65_HS1-834228961_62-HQ-83894_Section_4
Agency: FBI
Page 102
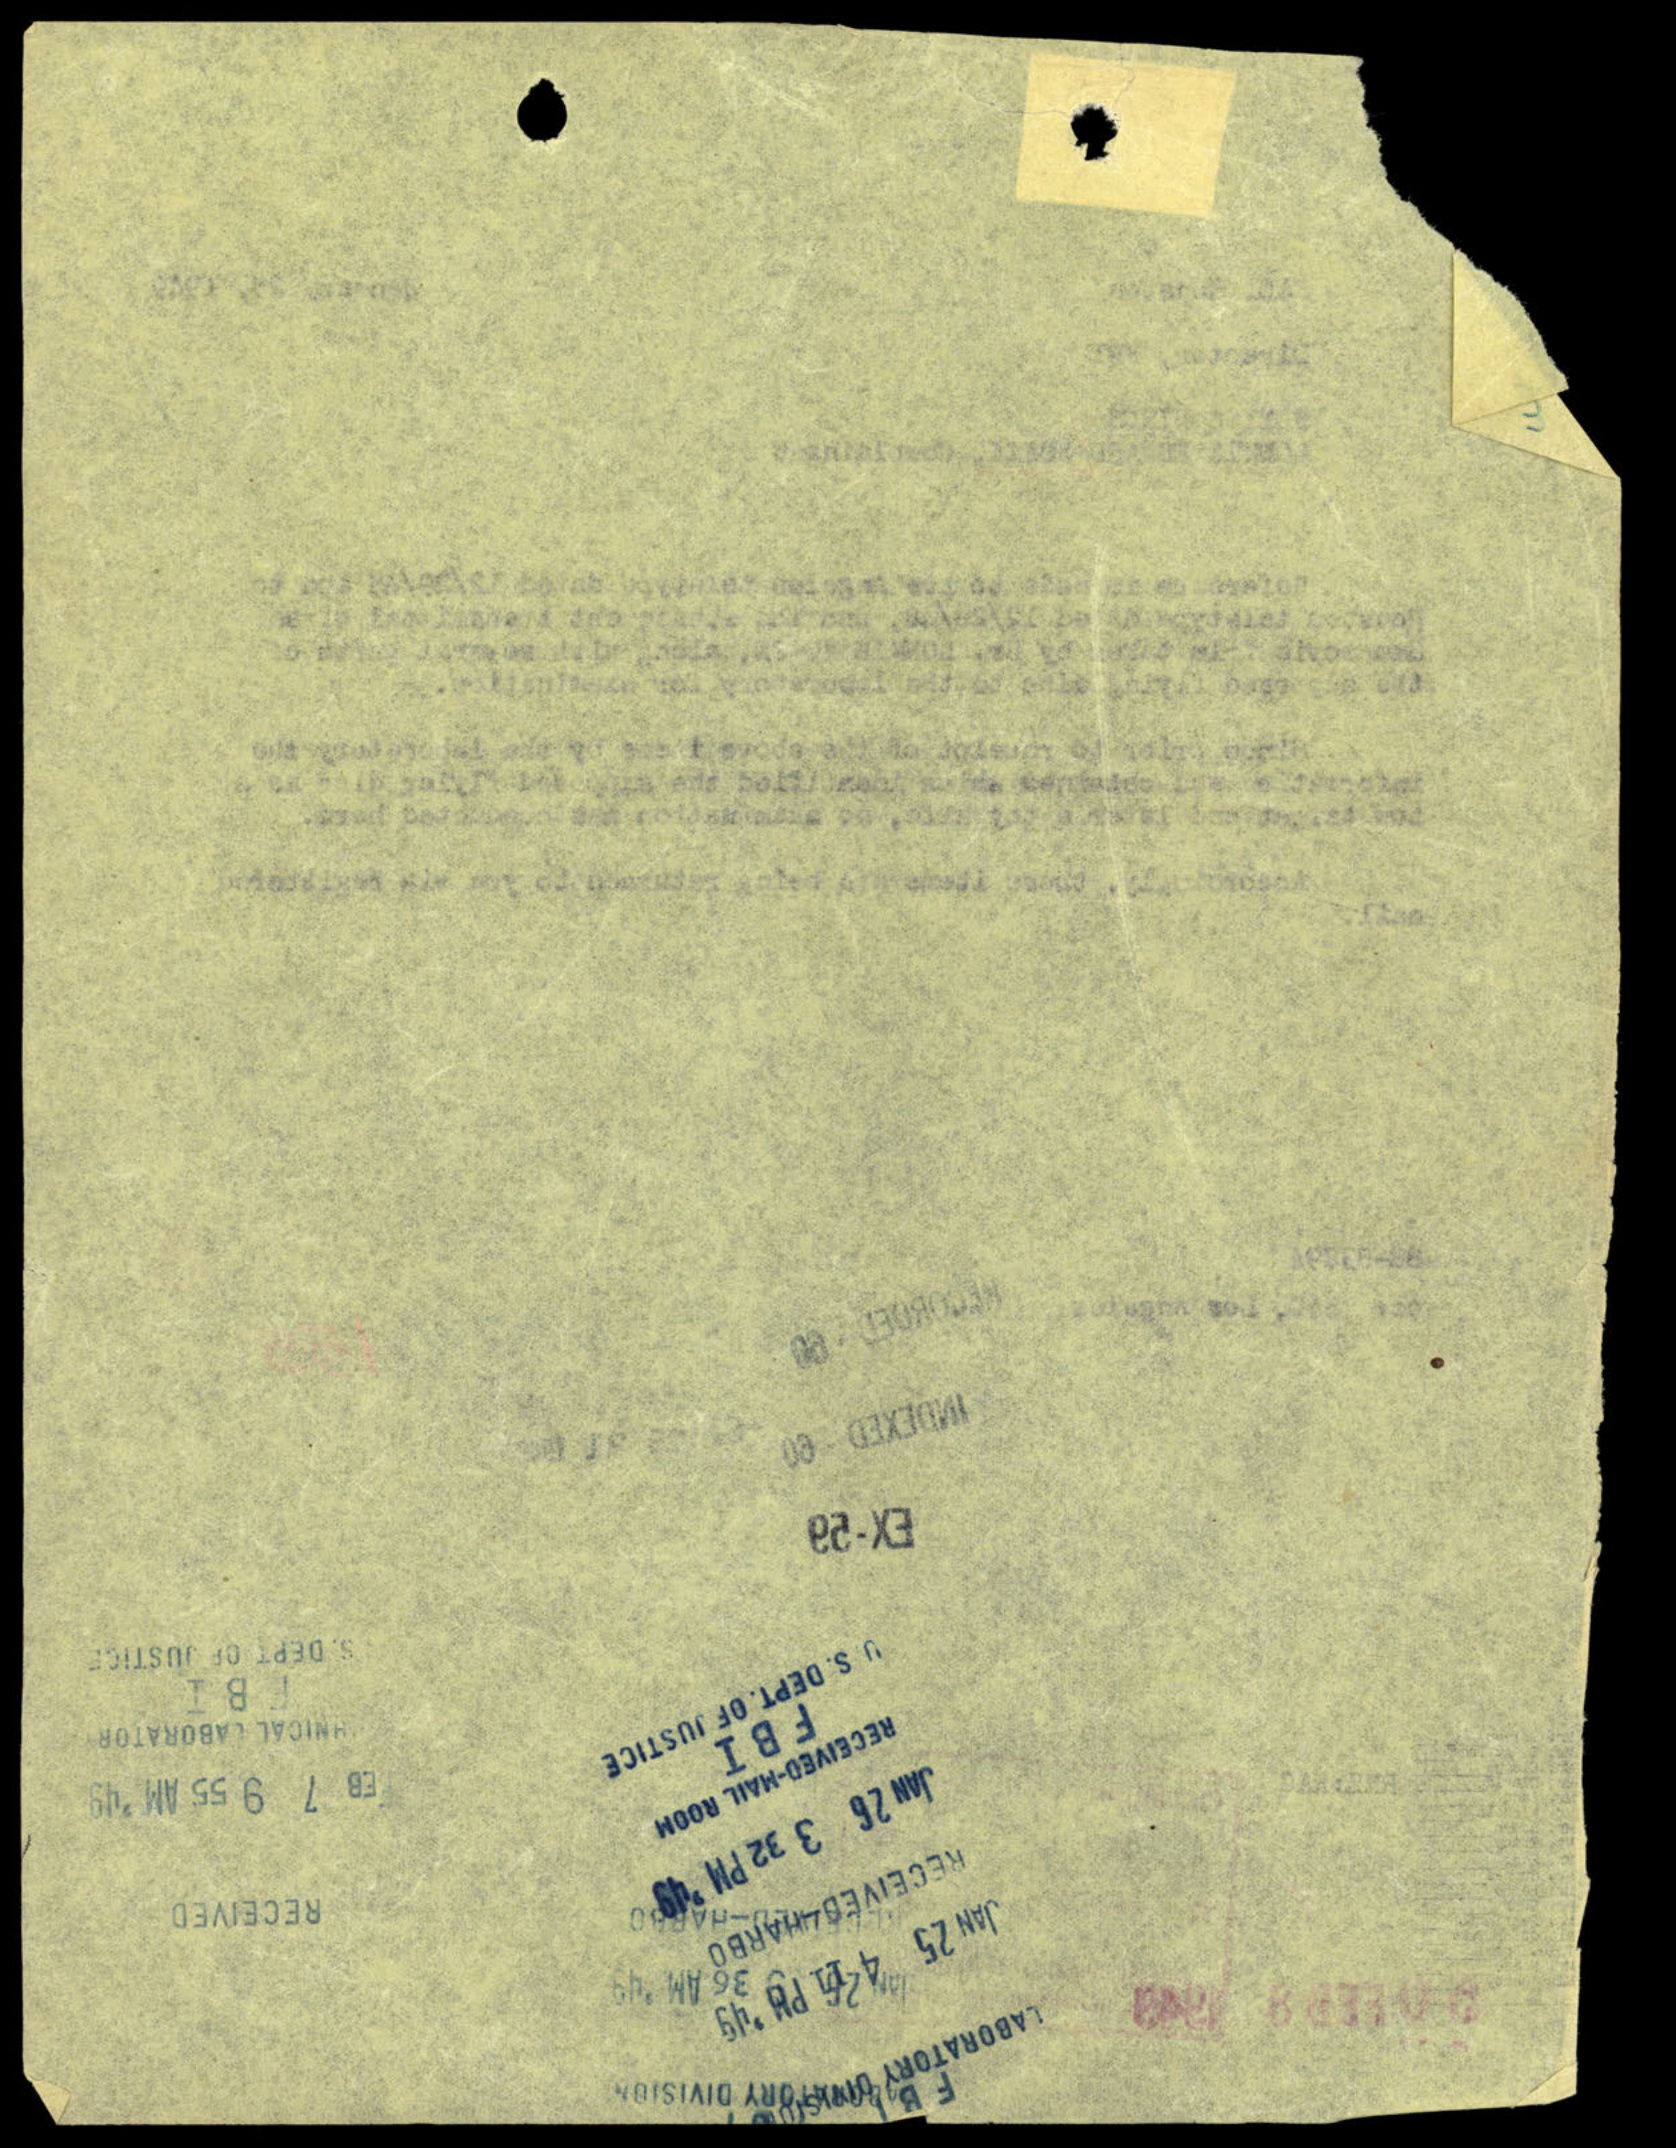